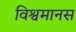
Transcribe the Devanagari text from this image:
विश्वमानस